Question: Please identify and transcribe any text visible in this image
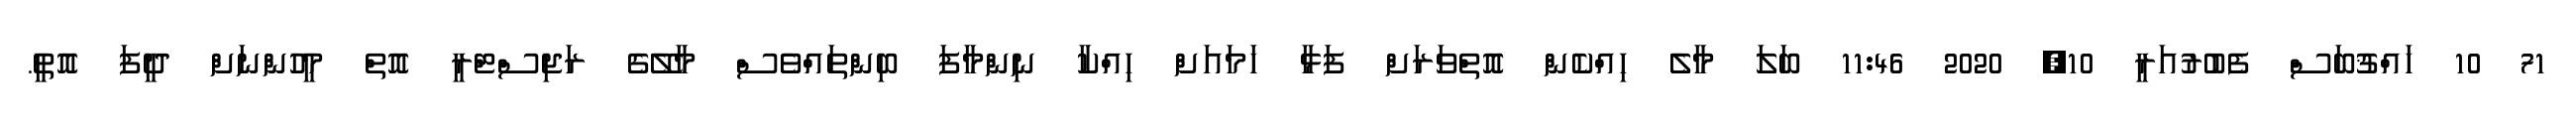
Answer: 71 10 ހައްޤުބަސް ފެބުރުއަރީ 10, 2020 11:46 ބަލަ މާލެ ހިއްކެން އޮތްވަރަށް ފަޅާ ހަމައަށް ހިއްކާ ނިންމާފަ ބިންތައްވެސް މާލޭގެ ރަޖިސްޓްރީ އޮތް މީހުންނަށް ދީފަ އޮތީ.